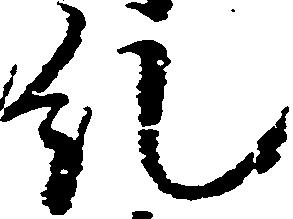
糺